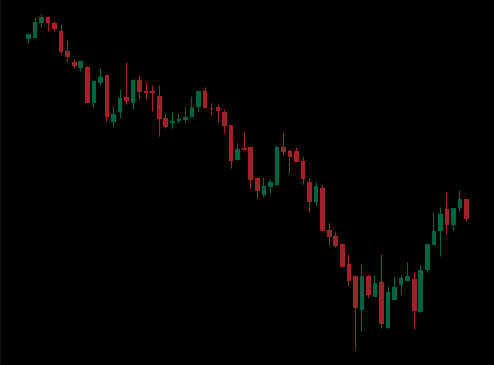
Pattern: bull_flag